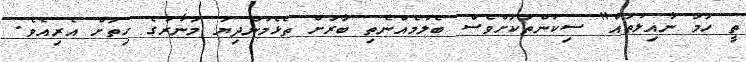
ތީ ހަމަ ނާއިލުތައް" ސިކުންތަކަށްވެސް ބެލުމެއްނެތި ބާރަށް ތެޅެމުންދިޔަ މަނާރުގެ ހިތަށް އެރިއެވެ.